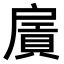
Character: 𢩛